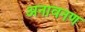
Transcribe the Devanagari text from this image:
अनावनण